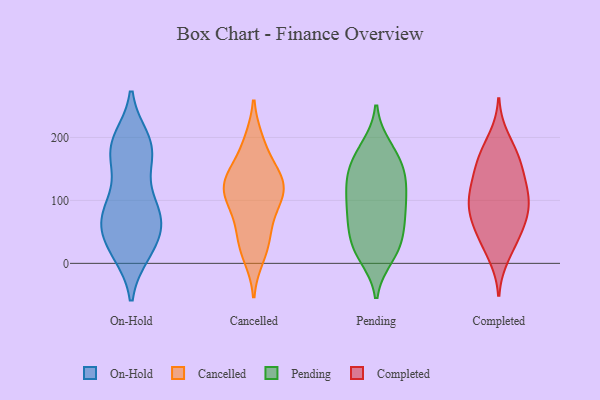
{"axis": {"x": "Net Income (USD K)", "y": "Value"}, "legend": ["Cancelled", "Completed", "On-Hold", "Pending"], "data": [{"x": "", "y": 70, "type": "On-Hold"}, {"x": "", "y": 85, "type": "On-Hold"}, {"x": "", "y": 63, "type": "On-Hold"}, {"x": "", "y": 21, "type": "On-Hold"}, {"x": "", "y": 187, "type": "On-Hold"}, {"x": "", "y": 194, "type": "On-Hold"}, {"x": "", "y": 158, "type": "On-Hold"}, {"x": "", "y": 17, "type": "On-Hold"}, {"x": "", "y": 197, "type": "On-Hold"}, {"x": "", "y": 94, "type": "On-Hold"}, {"x": "", "y": 165, "type": "On-Hold"}, {"x": "", "y": 114, "type": "On-Hold"}, {"x": "", "y": 57, "type": "On-Hold"}, {"x": "", "y": 57, "type": "On-Hold"}, {"x": "", "y": 174, "type": "On-Hold"}, {"x": "", "y": 78, "type": "On-Hold"}, {"x": "", "y": 20, "type": "On-Hold"}, {"x": "", "y": 192, "type": "On-Hold"}, {"x": "", "y": 21, "type": "On-Hold"}, {"x": "", "y": 71, "type": "On-Hold"}, {"x": "", "y": 22, "type": "Cancelled"}, {"x": "", "y": 190, "type": "Cancelled"}, {"x": "", "y": 105, "type": "Cancelled"}, {"x": "", "y": 136, "type": "Cancelled"}, {"x": "", "y": 52, "type": "Cancelled"}, {"x": "", "y": 38, "type": "Cancelled"}, {"x": "", "y": 12, "type": "Cancelled"}, {"x": "", "y": 137, "type": "Cancelled"}, {"x": "", "y": 137, "type": "Cancelled"}, {"x": "", "y": 106, "type": "Cancelled"}, {"x": "", "y": 122, "type": "Cancelled"}, {"x": "", "y": 111, "type": "Cancelled"}, {"x": "", "y": 143, "type": "Cancelled"}, {"x": "", "y": 193, "type": "Cancelled"}, {"x": "", "y": 71, "type": "Cancelled"}, {"x": "", "y": 102, "type": "Cancelled"}, {"x": "", "y": 22, "type": "Pending"}, {"x": "", "y": 82, "type": "Pending"}, {"x": "", "y": 48, "type": "Pending"}, {"x": "", "y": 164, "type": "Pending"}, {"x": "", "y": 149, "type": "Pending"}, {"x": "", "y": 64, "type": "Pending"}, {"x": "", "y": 184, "type": "Pending"}, {"x": "", "y": 71, "type": "Pending"}, {"x": "", "y": 114, "type": "Pending"}, {"x": "", "y": 178, "type": "Pending"}, {"x": "", "y": 101, "type": "Pending"}, {"x": "", "y": 88, "type": "Pending"}, {"x": "", "y": 21, "type": "Pending"}, {"x": "", "y": 12, "type": "Pending"}, {"x": "", "y": 128, "type": "Pending"}, {"x": "", "y": 133, "type": "Pending"}, {"x": "", "y": 27, "type": "Pending"}, {"x": "", "y": 142, "type": "Pending"}, {"x": "", "y": 65, "type": "Completed"}, {"x": "", "y": 83, "type": "Completed"}, {"x": "", "y": 28, "type": "Completed"}, {"x": "", "y": 176, "type": "Completed"}, {"x": "", "y": 112, "type": "Completed"}, {"x": "", "y": 160, "type": "Completed"}, {"x": "", "y": 84, "type": "Completed"}, {"x": "", "y": 81, "type": "Completed"}, {"x": "", "y": 99, "type": "Completed"}, {"x": "", "y": 199, "type": "Completed"}, {"x": "", "y": 135, "type": "Completed"}, {"x": "", "y": 45, "type": "Completed"}, {"x": "", "y": 118, "type": "Completed"}, {"x": "", "y": 169, "type": "Completed"}, {"x": "", "y": 12, "type": "Completed"}, {"x": "", "y": 52, "type": "Completed"}, {"x": "", "y": 150, "type": "Completed"}, {"x": "", "y": 111, "type": "Completed"}]}